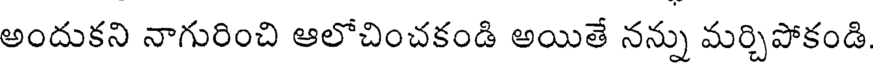
అందుకని నాగురించి ఆలోచించకండి అయితే నన్ను మర్చిపోకండి.